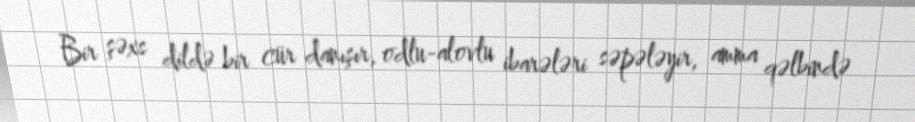
Bir şəxs dildə bir cür danışır, odlu-alovlu ibarələri səpələyir, amma qəlbində